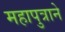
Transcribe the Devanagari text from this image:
महापुत्राने